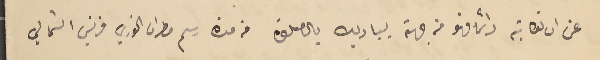
عن ان تكاتبه دائما فهو من جهة يبادلك بالصلاة من مدة رسم مطران الخوري فرنسيس الشمالي